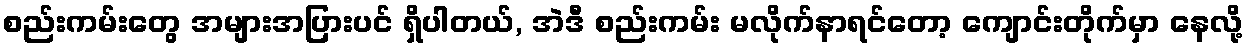
စည်းကမ်းတွေ အများအပြားပင် ရှိပါတယ်, အဲဒီ စည်းကမ်း မလိုက်နာရင်တော့ ကျောင်းတိုက်မှာ နေလို့